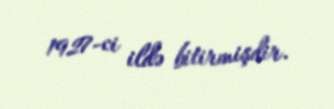
1927-ci ildə bitirmişdir.